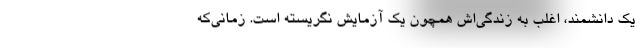
یک دانشمند، اغلب به زندگی‌اش همچون یک آزمایش نگریسته است. زمانی‌که